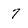
Character: 7